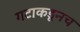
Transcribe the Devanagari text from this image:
गटाकडूनच